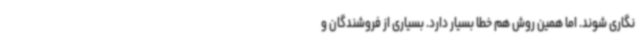
‌نگاری شوند. اما همین روش هم خطا بسیار دارد. بسیاری از فروشندگان و